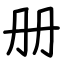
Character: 册